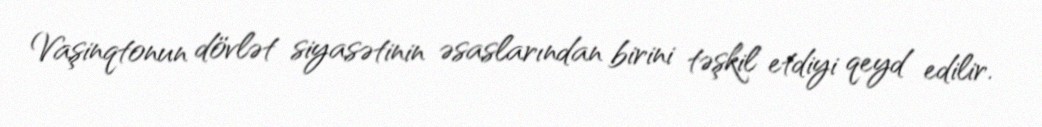
Vaşinqtonun dövlət siyasətinin əsaslarından birini təşkil etdiyi qeyd edilir.